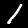
Digit: 1